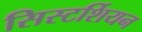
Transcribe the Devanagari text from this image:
सिस्टर्शियन